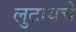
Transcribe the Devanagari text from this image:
लुटायचे